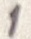
Text: 1